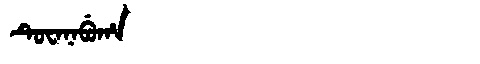
Manchu: ᡨᡠᠸᠠᠨᠠᠪᡠᡥᠠ
Romanization: TUWANABUHA